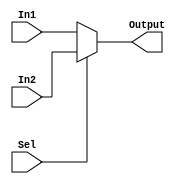

module MUX_2x1_8bits (In1,In2,Sel,Output);

input [7:0] In1 , In2 ;
input Sel;
output reg [7:0] Output ;
 
always @(In1 or In2 or Sel)
begin

if(Sel)
Output <= In2 ;
else 
Output <= In1 ;
end


endmodule 

//================================================================================================================================

module Mux3x1_32 ( muxOut, in0, in1, in2, muxSel );
input [31:0] in0, in1, in2;
input [1:0] muxSel;

output reg [31:0] muxOut;

always@ (in0 or in1 or in2 or muxSel)
begin 

muxOut<= ( muxSel==0 )? in0 :
         ( muxSel==1 )? in1 :
         ( muxSel==2 )? in2 :
          32'bx;

end

endmodule

//================================================================================================================================

module MUX_2x1_32bit (In1,In2,Sel,Output);

input signed [31:0] In1 , In2 ;
input Sel;
output reg signed [31:0] Output;

always @(In1 or In2 or Sel)
begin

if(Sel)
Output <= In2 ;

else 
Output <= In1 ;

end
endmodule 

//================================================================================================================================

module MUX_2x1_5bit (In1,In2,Sel,Output);

input signed [4:0] In1 , In2 ;
input Sel;
output reg signed [4:0] Output;

always @(In1 or In2 or Sel)
begin

if(Sel)
Output <= In2 ;

else 
Output <= In1 ;

end
endmodule